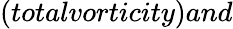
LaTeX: (totalvorticity)and